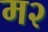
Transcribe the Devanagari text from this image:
म२